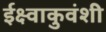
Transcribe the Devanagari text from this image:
ईक्ष्वाकुवंशी